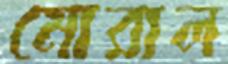
মোরাল